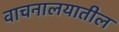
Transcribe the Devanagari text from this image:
वाचनालयातील